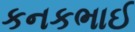
કનકભાઈ